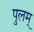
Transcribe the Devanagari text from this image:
पुलम्